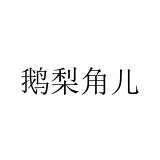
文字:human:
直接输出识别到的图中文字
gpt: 鹅梨角儿